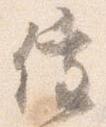
催